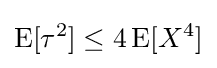
\operatorname {E} [\tau ^{2}]\leq 4\operatorname {E} [X^{4}]